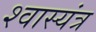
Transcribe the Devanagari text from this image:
श्वास्यंत्र